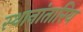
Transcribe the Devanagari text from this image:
स्थानांतारिय